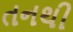
તનથી